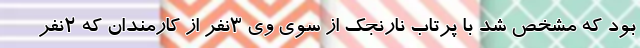
بود که مشخص شد با پرتاب نارنجک از سوی وی ۳نفر از کارمندان که ۲نفر